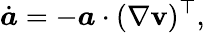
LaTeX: \dot{\boldsymbol{a}}=-\boldsymbol{a}\cdot(\nabla\mathbf{v})^{\top},